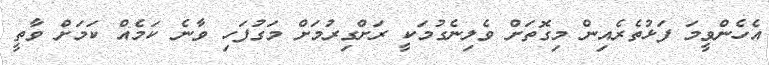
އެހެންވީމަ ފަޅުތެރެއިން މިގޮތަށް ވެލިނެގުމަކީ ރަށްގިރުމަށް މަގުފަހި ވާނެ ކަމެއް ކަމަށް ވާތީ